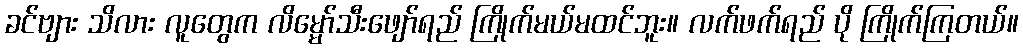
ခင်ဗျား သိလား လူတွေက လိမ္မော်သီးဖျော်ရည် ကြိုက်မယ်မထင်ဘူး။ လက်ဖက်ရည် ပို ကြိုက်ကြတယ်။